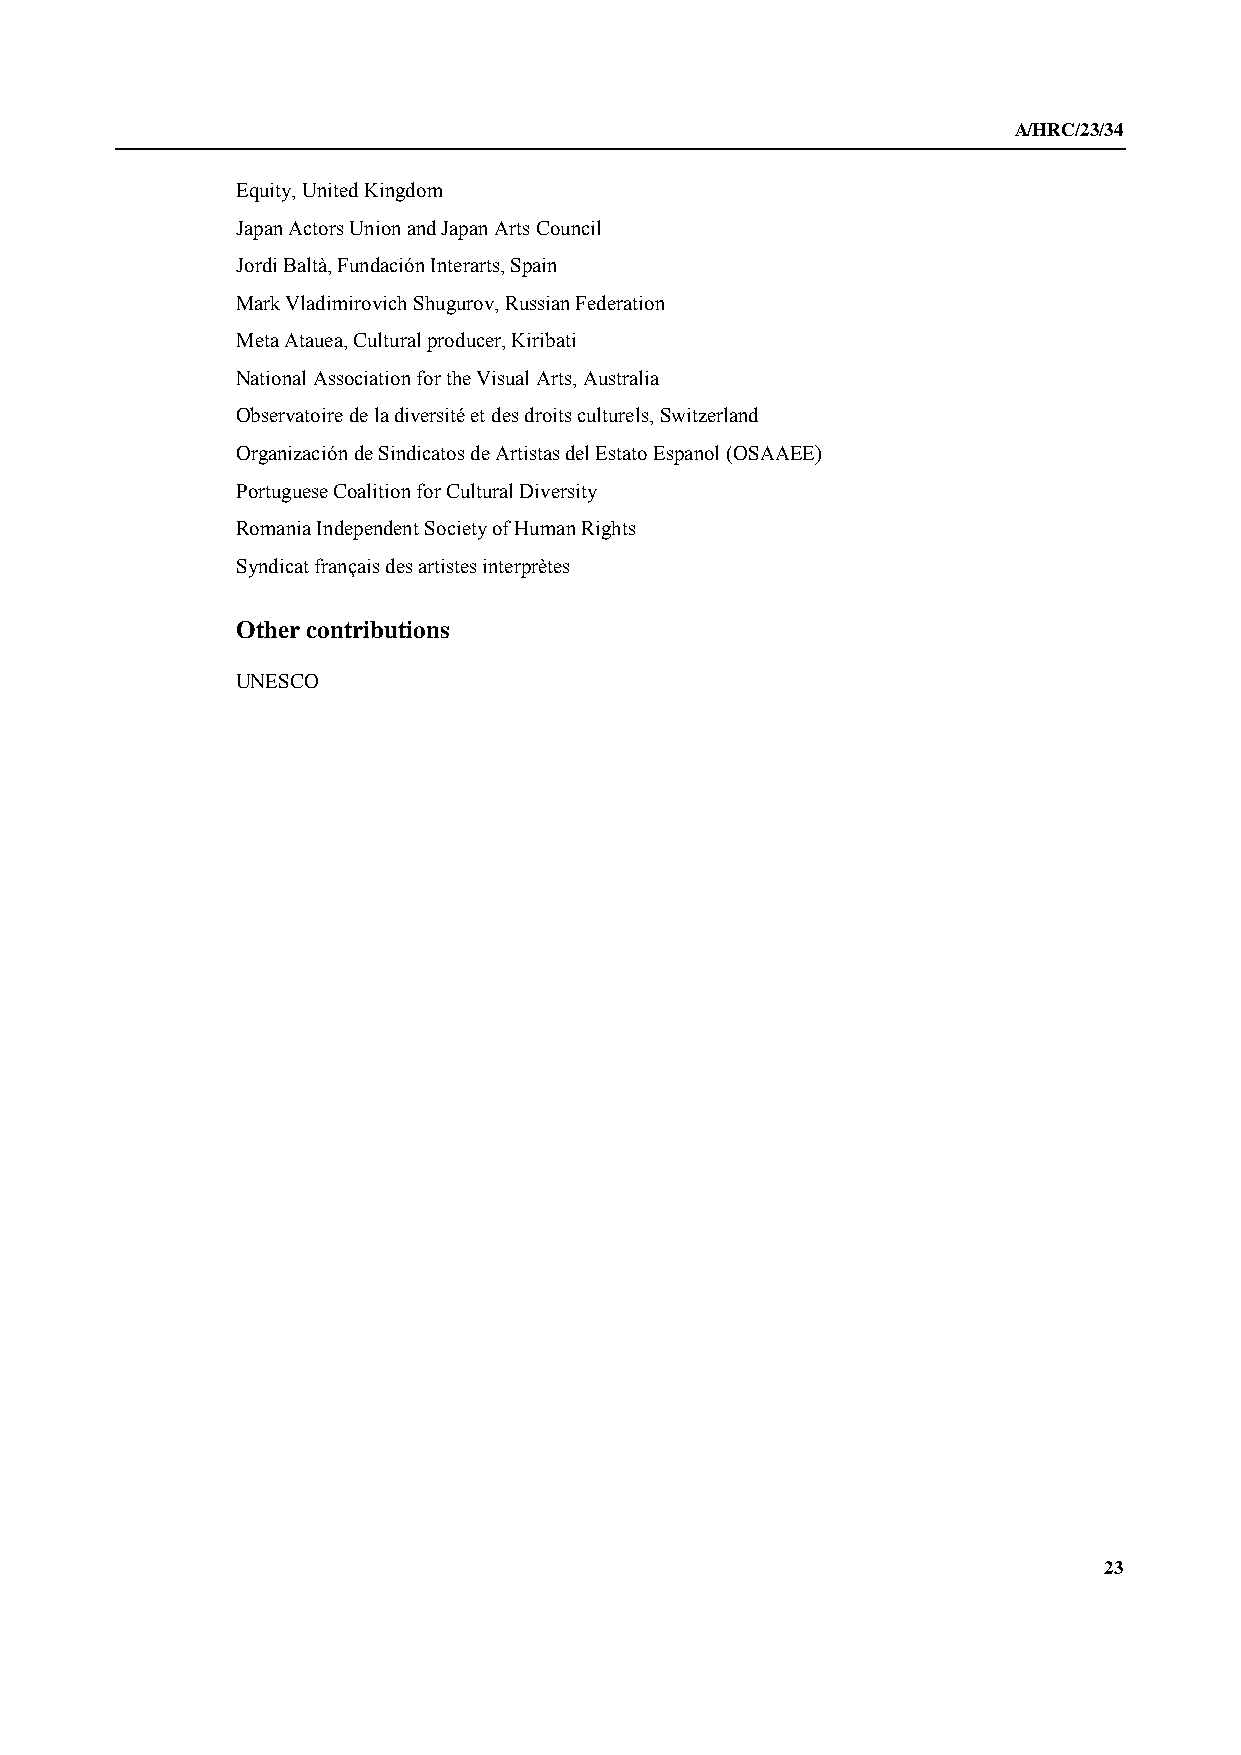
A/HRC/23/34
 Equity, United Kingdom
 Japan Actors Union and Japan Arts Council
 Jordi Baltà, Fundación Interarts, Spain
 Mark Vladimirovich Shugurov, Russian Federation
 Meta Atauea, Cultural producer, Kiribati
 National Association for the Visual Arts, Australia
 Observatoire de la diversité et des droits culturels, Switzerland
 Organización de Sindicatos de Artistas del Estato Espanol (OSAAEE)
 Portuguese Coalition for Cultural Diversity
 Romania Independent Society of Human Rights
 Syndicat français des artistes interprètes
 Other contributions
 UNESCO
 23